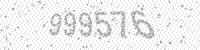
Solution: 999576